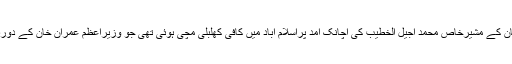
کہا جاتا ہے چندروز قبل سعودی ولی عہد محمد بن سلمان کے مشیرخاص محمد اجیل الخطیب کی اچانک آمد پراسلام آباد میں کافی کھلبلی مچی ہوئی تھی جو وزیراعظم عمران خان کے دورہ سعودی عرب کے ایک دن بعد اسلام آباد پہنچے تھے۔